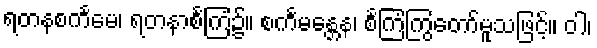
ရတနစင်္ကမေ၊ ရတနာစင်္ကြံ၌။ စင်္ကမန္တေန၊ စင်္ကြံကြွတော်မူသဖြင့်။ ဝါ၊